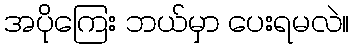
အပိုကြေး ဘယ်မှာ ပေးရမလဲ။